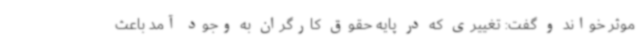
موثر خواند و گفت: تغییری که در پایه حقوق کارگران به وجود آمد باعث